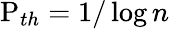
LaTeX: \mathrm{P}_{th}=1/\log n